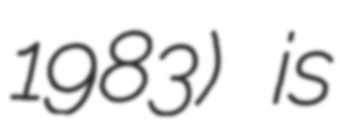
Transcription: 1983) is